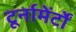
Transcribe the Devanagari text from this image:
टूर्नामेंर्टों